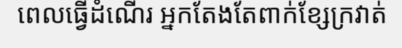
ពេលធ្វើដំណើរ អ្នកតែងតែពាក់ខ្សែក្រវាត់